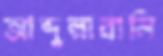
আব্দুল্লাবালি